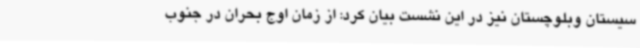
سیستان وبلوچستان نیز در این نشست بیان کرد: از زمان اوج بحران در جنوب